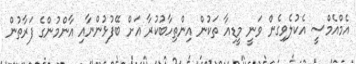
އެމްއެމްސީ އެކުލެވިގެން ވަނީ މީޑިއާ ތަކުން އިންތިހާބުކުރާ އަށް ބޭފުޅުންނާއި އާންމުންގެ ފަރާތުން